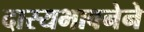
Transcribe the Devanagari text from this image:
दास्यभावनेने